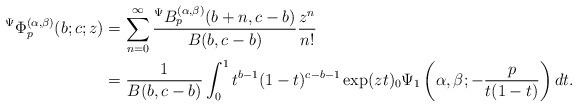
LaTeX: \begin{align*}{}^{\Psi}\Phi_{p}^{(\alpha,\beta)}(b;c;z)&=\sum_{n=0}^{\infty}\frac{{}^{\Psi}B_{p}^{(\alpha,\beta)}(b+n,c-b)}{B(b,c-b)}\frac{z^{n}}{n!}\\&=\frac{1}{B(b,c-b)}\int_{0}^{1}t^{b-1}(1-t)^{c-b-1}\exp(zt){}_{0}\Psi_{1}\left( \alpha,\beta;-\frac{p}{t(1-t)}\right)dt.\end{align*}